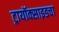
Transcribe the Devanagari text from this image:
ट्रायॉक्साइडचा